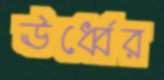
ঊর্ধ্বের